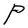
Character: P